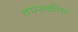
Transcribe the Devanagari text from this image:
चाम्सकीय